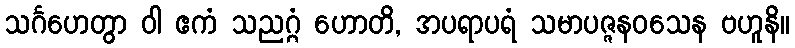
သင်္ဂဟေတွာ ဝါ ဧကံ သညဂ္ဂံ ဟောတိ, အပရာပရံ သမာပဇ္ဇနဝသေန ဗဟူနိ။